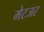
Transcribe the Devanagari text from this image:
मेटजर